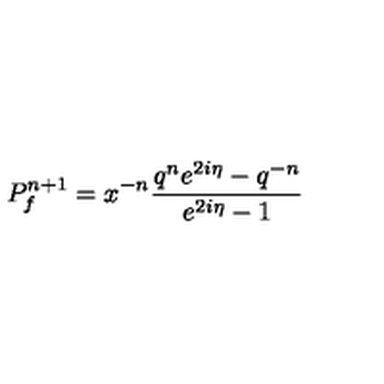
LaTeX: P _ { f } ^ { n + 1 } = x ^ { - n } \frac { q ^ { n } e ^ { 2 i \eta } - q ^ { - n } } { e ^ { 2 i \eta } - 1 }